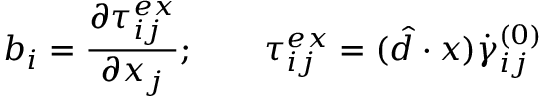
b _ { i } = \frac { \partial \tau _ { i j } ^ { e x } } { \partial x _ { j } } ; \qquad \tau _ { i j } ^ { e x } = ( \boldsymbol { \hat { d } } \cdot \boldsymbol { x } ) \dot { \gamma } _ { i j } ^ { ( 0 ) }